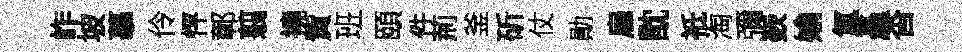
岞坡摹伶怦鄣翦撓貲班頤件荊釜斫仗勛雇酖祗淘彌嶔媮氳矗杳